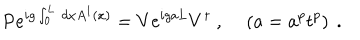
\mathrm { P } e ^ { i g \int _ { 0 } ^ { L } \, d x A ^ { 1 } ( x ) } = V e ^ { i g a L } V ^ { \dagger } \ , \left( a = a ^ { p } t ^ { p } \right) \ .